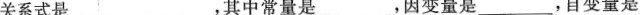
关系式是___，其中常量是___，因变量是___，自变量是